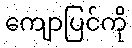
ကျောပြင်ကို